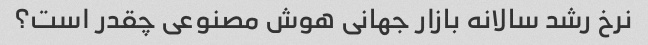
نرخ رشد سالانه بازار جهانی هوش مصنوعی چقدر است؟